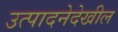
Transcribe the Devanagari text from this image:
उत्पादनेदेखील